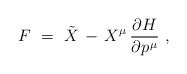
\begin{align*} F~=~\tilde{X} \, - \, X^\mu \, \frac{\partial H}{\partial p\>\!^\mu}~, \end{align*}